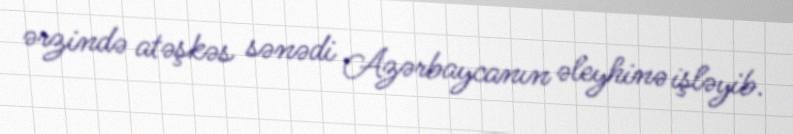
ərzində atəşkəs sənədi Azərbaycanın əleyhinə işləyib.